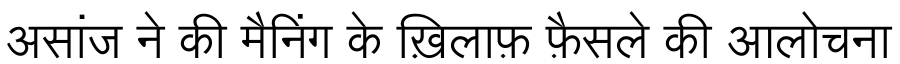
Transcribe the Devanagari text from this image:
असांज ने की मैनिंग के ख़िलाफ़ फ़ैसले की आलोचना